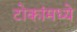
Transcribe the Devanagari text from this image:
टोकांमध्ये